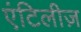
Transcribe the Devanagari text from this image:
एंटिलीज़